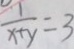
\frac { 1 } { x + y } = 3